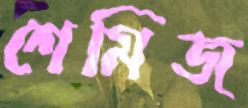
শেমিজ